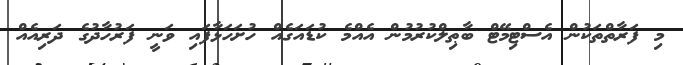
މި ފަރާތްތަކުން އެސްޓިމޭޓް ބާޠިލްކުރުމުން އެއްމެ ކުޑައަގެއް ހުށަހަޅާފައި ވަނީ ފަރުހާދުގެ ދަރިއެއް